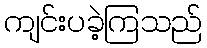
ကျင်းပခဲ့ကြသည်